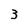
Character: 3